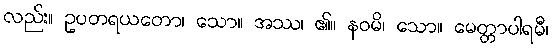
လည်း။ ဥပတရယတော၊ သော။ အဿ၊ ၏။ နဝမိ၊ သော။ မေတ္တာပါရမီ၊